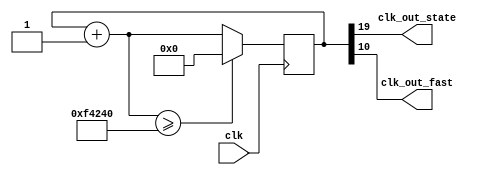
`timescale 1ns / 1ps
//////////////////////////////////////////////////////////////////////////////////
// Company: 
// Engineer: 
// 
// Design Name: 
// Module Name: clkdiv
// Project Name: 
// Target Devices: 
// Tool Versions: 
// Description: 
// 
// Dependencies: 
// 
// Revision:
// Revision 0.01 - File Created
// Additional Comments:
// 
//////////////////////////////////////////////////////////////////////////////////


module clk_div_display(
    input clk,
    output wire clk_out_state,
    output wire clk_out_fast
    );
    
    reg [19:0] COUNT;
    assign clk_out_state = COUNT[19];
    assign clk_out_fast = COUNT[10];
        
    initial begin
        COUNT = 0;
    end
        
    always @(posedge clk) begin
            COUNT = COUNT + 1;
            if(COUNT >= 1000000) begin
                COUNT = 0;
            end
    end
endmodule